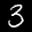
Label: 3